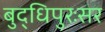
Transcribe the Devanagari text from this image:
बुद्धिपुरःसर